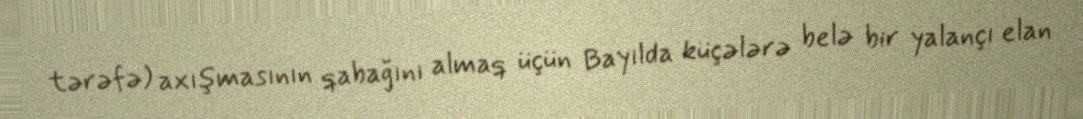
tərəfə) axışmasının qabağını almaq üçün Bayılda küçələrə belə bir yalançı elan